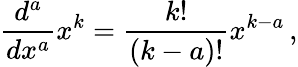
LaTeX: {\frac{d^{a}}{dx^{a}}}x^{k}={\frac{k!}{(k-a)!}}x^{k-a}\, ,